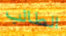
الطالب